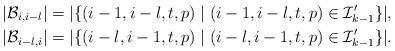
LaTeX: \begin{align*}&|\mathcal{B}_{i,i-l}|=|\{(i-1,i-l,t,p)\mid(i-1,i-l,t,p)\in \mathcal{I}'_{k-1}\}|,\ \ \ \ \ \\&|\mathcal{B}_{i-l,i}|=|\{(i-l,i-1,t,p)\mid(i-l,i-1,t,p)\in \mathcal{I}'_{k-1}\}|.\end{align*}